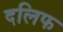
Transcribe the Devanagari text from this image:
दलिफ